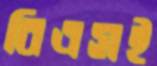
বিএসই